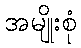
အမျိုးစုံ